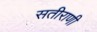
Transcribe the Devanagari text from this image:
सतीराणी